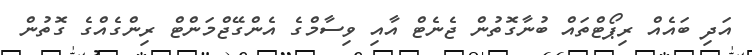
އަދި ބައެއް ރިޕޯޓްތައް ބުނާގޮތުން ޖެނެޓް އާއި ވިސާމްގެ އެންގޭޖްމަންޓް ރިންގެއްގެ ގޮތުން